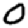
Digit: 0